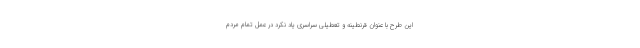
این طرح با عنوان قرنطینه و تعطیلی سراسری یاد نکرد در عمل تمام مردم